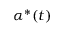
\alpha ^ { * } ( t )